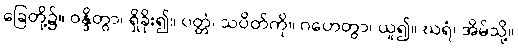
ခြေတို့၌။ ဝန္ဒိတွာ၊ ရှိခိုး၍။ ပတ္တံ၊ သပိတ်ကို။ ဂဟေတွာ၊ ယူ၍။ ဃရံ၊ အိမ်သို့။